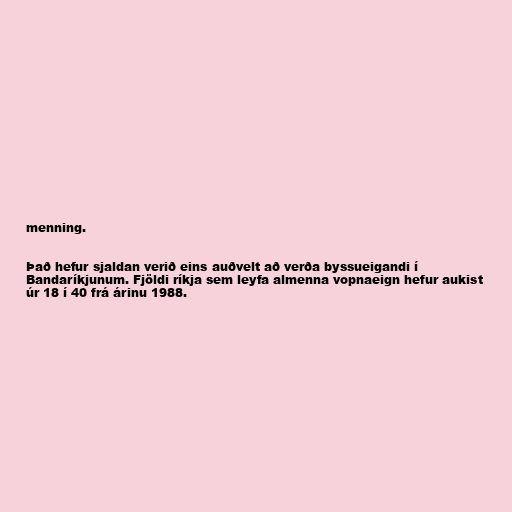
menning.

Það hefur sjaldan verið eins auðvelt að verða byssueigandi í
Bandaríkjunum. Fjöldi ríkja sem leyfa almenna vopnaeign hefur aukist
úr 18 í 40 frá árinu 1988.